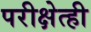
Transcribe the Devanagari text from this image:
परीक्षेत्ही